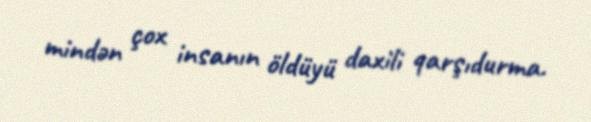
mindən çox insanın öldüyü daxili qarşıdurma.